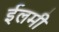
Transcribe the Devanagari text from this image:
ईलमी